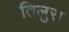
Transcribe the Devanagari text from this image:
तिलुरा